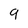
Character: 9